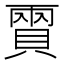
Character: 𧶪